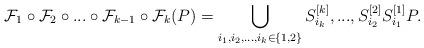
LaTeX: \begin{align*}\mathcal{F}_{1}\circ\mathcal{F}_2\circ ...\circ\mathcal{F}_{k-1}\circ\mathcal{F}_k(P)=\bigcup_{i_1,i_2,...,i_k\in \{1,2\}}S^{[k]}_{i_k},...,S^{[2]}_{i_2}S^{[1]}_{i_1}P.\end{align*}